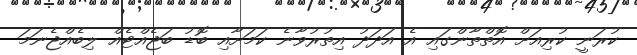
ކުރަނީ ކުރިއަށް އޮތްތާންގައި އެ އަދަދު އިތުރުވާނެ ކަމަށާއި ބޮޑު ބަޖެއްޓެއް ލިބެއްޖެނަމަ